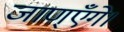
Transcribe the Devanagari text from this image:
जाण्‌एँगे।